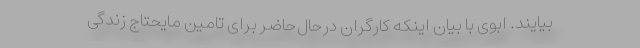
بیایند. ابوی با بیان اینکه کارگران درحال‌حاضر برای تامین مایحتاج زندگی